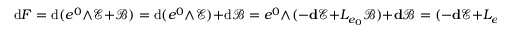
\mathrm { d } F = \mathrm { d } ( e ^ { 0 } \wedge \mathscr { E } + \mathscr { B } ) = \mathrm { d } ( e ^ { 0 } \wedge \mathscr { E } ) + \mathrm { d } \mathscr { B } = e ^ { 0 } \wedge ( - \mathbf { d } \mathscr { E } + L _ { e _ { 0 } } \mathscr { B } ) + \mathbf { d } \mathscr { B } = ( - \mathbf { d } \mathscr { E } + L _ { e _ { 0 } } \mathscr { B } , \mathbf { d } \mathscr { B } ) .